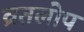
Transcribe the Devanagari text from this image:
व्रतलोप